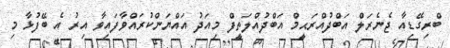
ބްރިގޭޑިއާ ޖެނެރަލް އަބްދުއްރަޙީމް އަބްދުއްލަތީފް މިއަދު އައްޔަންކުރައްވާފައިވާ އިރު އެ ބޭފުޅާ މި